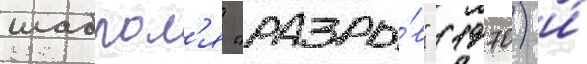
шаброл'я "разры́в" (1970) и́